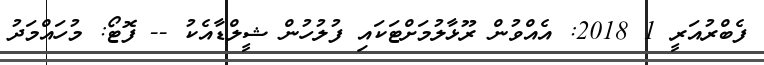
ފެބްރުއަރީ 1 2018: އެއްވުން ރޫޅާލުމަށްޓަކައި ފުލުހުން ޝީލްޑާއެކު -- ފޮޓޯ: މުހައްމަދު